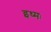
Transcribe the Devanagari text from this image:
इध्मः